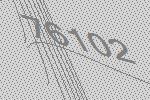
76102